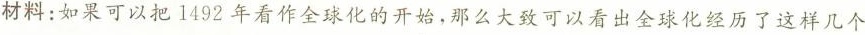
材料：如果可以把1492年看作全球化的开始，那么大致可以看出全球化经历了这样几个